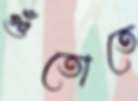
গুঁতোতে